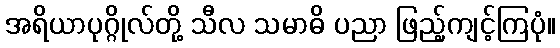
အရိယာပုဂ္ဂိုလ်တို့ သီလ သမာဓိ ပညာ ဖြည့်ကျင့်ကြပုံ။